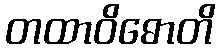
တထာဝိဓောတိ